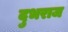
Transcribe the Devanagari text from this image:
दुभराज